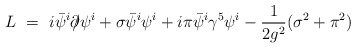
\begin{align*}L ~=~ i \bar{\psi}^i {\partial \!\!\! /} \psi^i + \sigma \bar{\psi}^i \psi^i+ i \pi \bar{\psi}^i \gamma^5\psi^i - \frac{1}{2g^2}(\sigma^2+\pi^2)\end{align*}